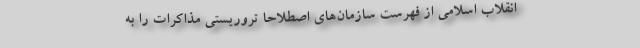
انقلاب اسلامی از فهرست سازمان‌های اصطلاحاً تروریستی مذاکرات را به